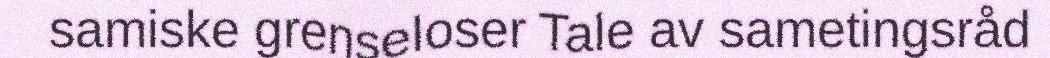
samiske grenseloser Tale av sametingsråd